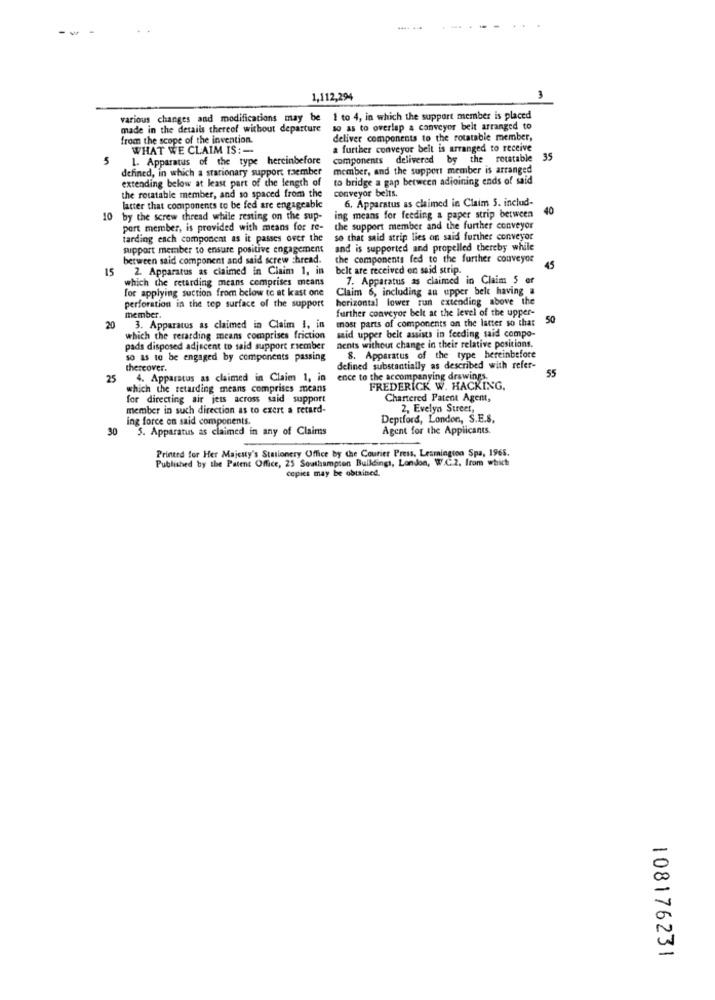
1,112,294
various changes and modifications may be 1 to 4, in which the support member is placed
made in the details thereof without departure
so as to overlap a conveyor belt arranged to
from the scope of the invention.
deliver components to the rotatable member,
WHAT WE CLAIM IS: -
a further conveyor beit is arranged to receive
1. Apparatus of the type hereinbefore
components delivered by the rotatable
35
defined, in which a stationary support raember
member, and the support member is arranged
extending below at least part of the length of
to bridge a gap between adjoining ends of said
conveyor belts.
the rotatable member, and so spaced from the
6, Apparatus as claimed in Claim 5. includ-
latter that components to be fed are engageable
40
10 by the screw thread while resting on the sup-
ing means for feeding a paper strip between
port member, is provided with means for re-
the support member and the further conveyor
tarding each component as it passes over the
so that said strip lies on said further conveyor
support member to ensure positive engagement
and is supported and propelled thereby while
between said component and said screw Thread.
the components fed to the further couveyor
15
2. Apparatus as claimed in Claim 1, in
belt are received en said strip.
45
which the retarding means comprises means
7. Apparatus as claimed in Claim 5 er
for applying suction from below to at kast one
Claim 6, including an upper belt having a
horizontal lower run extending above the
perforation in the top surface of the support
further conveyor belt at the level of the upper-
member.
most parts of components on the latter so that
50
20
3. Apparatus as claimed in Claim I, in
said upper belt assists in feeding said compo-
which the retarding means comprises friction
pads disposed adjacent to said support riember
nents without change in their relative positions.
so as to be engaged by components passing
8. Apparatus of the type hereinbefore
thereover.
defined substantially as described with refer-
55
25
4. Apparatus as claimed in Claim 1, in
ence to the accompanying drawings.
which the retarding means comprises means
FREDERICK W. HACKING.
for directing air jets across said support
Chartered Patent Agent,
member in such direction as to exert a retard-
2. Evelyn Street,
ing force on said components.
Deptford, London, S.E.S.
30
S. Apparatus as claimed in any of Claims
Agent for the Applicants.
Printed for Her Majesty's Stationery Office by the Courier Press, Leamington Spa, 1965.
Published by the Patent Office, 25 Southampton Buildings, London, W.C.2. from which
copies may be obtained.
108176231